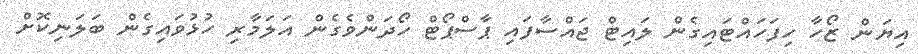
އިޔަން ޒޯހާ ހިފަހައްޓައިގެން ލައިޓް ޖައްސާފައި ޕާސްޕޯޓް ހޯދަންވެގެން އަލަމާރި ހުޅުވައިގެން ބަލަނިކޮށް